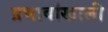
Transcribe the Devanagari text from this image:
प्रभावांखाली